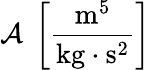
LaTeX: \mathcal{A}~\left[\frac{{\mathrm{{m}}^{5}}}{{\mathrm{{kg}}\cdot\mathrm{{s}}^{2}}}\right]